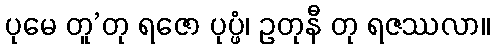
ပုမေ တူ’တု ရဇော ပုပ္ဖံ၊ ဥတုနီ တု ရဇဿလာ။